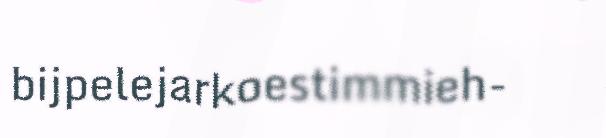
bijpelejarkoestimmieh-